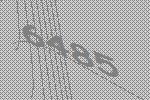
6485